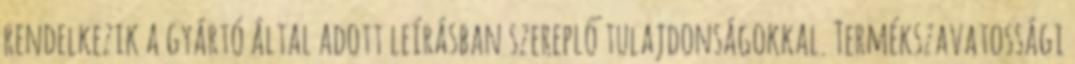
rendelkezik a gyártó által adott leírásban szereplő tulajdonságokkal. Termékszavatossági